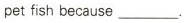
pet fish because ___.